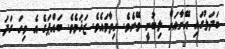
ބަދަލުގައި އޭނާއަށް ލިބުނީ ވޭނެވެ. ހިތާމައެވެ. ޒަޚަމެވެ. ބައްޕަގެ އެ ވިހަ ގަދަ